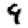
Digit: 9